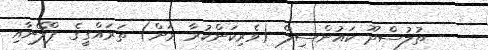
ތުލުސްދޫ ކައުންސިލް (ވެރިކަންކުރާ ރަށް) ތަރައްގީގެ ޕްލޭނާއި